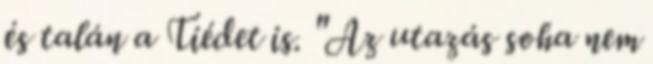
és talán a Tiédet is. "Az utazás soha nem